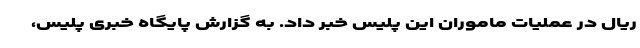
ریال در عملیات ماموران این پلیس خبر داد. به گزارش پایگاه خبری پلیس،